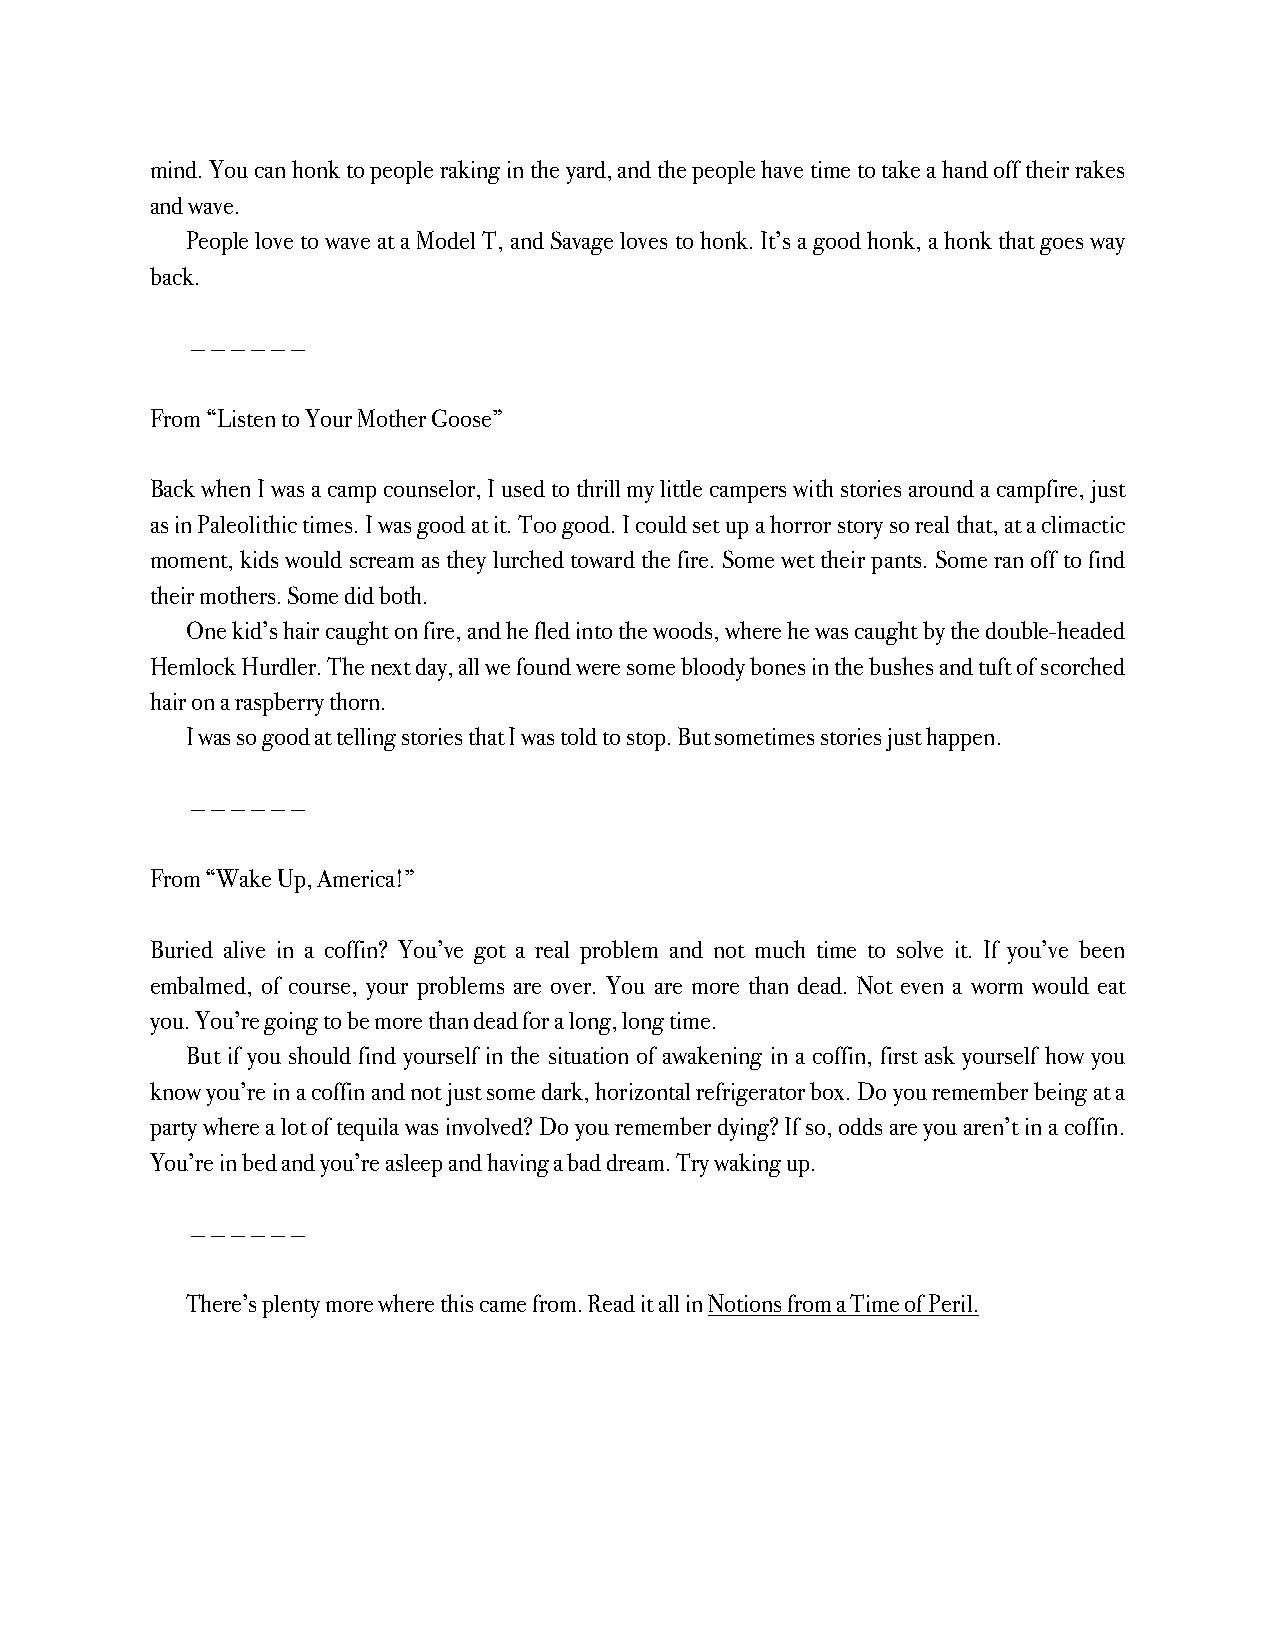
mind. You can honk to people raking in the yard, and the people have time to take a hand off their rakes
 and wave.
 People love to wave at a Model T, and Savage loves to honk. It’s a good honk, a honk that goes way
 back.
 — — — — — —
 From “Listen to Your Mother Goose”
 Back when I was a camp counselor, I used to thrill my little campers with stories around a campfire, just
 as in Paleolithic times. I was good at it. Too good. I could set up a horror story so real that, at a climactic
 moment, kids would scream as they lurched toward the fire. Some wet their pants. Some ran off to find
 their mothers. Some did both.
 One kid’s hair caught on fire, and he fled into the woods, where he was caught by the double-headed
 Hemlock Hurdler. The next day, all we found were some bloody bones in the bushes and tuft of scorched
 hair on a raspberry thorn.
 I was so good at telling stories that I was told to stop. But sometimes stories just happen.
 — — — — — —
 From “Wake Up, America!”
 Buried alive in a coffin? You’ve got a real problem and not much time to solve it. If you’ve been
 embalmed, of course, your problems are over. You are more than dead. Not even a worm would eat
 you. You’re going to be more than dead for a long, long time.
 But if you should find yourself in the situation of awakening in a coffin, first ask yourself how you
 know you’re in a coffin and not just some dark, horizontal refrigerator box. Do you remember being at a
 party where a lot of tequila was involved? Do you remember dying? If so, odds are you aren’t in a coffin.
 You’re in bed and you’re asleep and having a bad dream. Try waking up.
 — — — — — —
 There’s plenty more where this came from. Read it all in Notions from a Time of Peril.